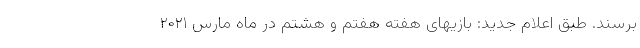
برسند. طبق اعلام جدید: بازیهای هفته هفتم و هشتم در ماه مارس ۲۰۲۱